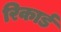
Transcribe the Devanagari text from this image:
रिकार्ड